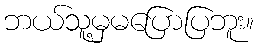
ဘယ်သူ့မှမပြောပြဘူး။